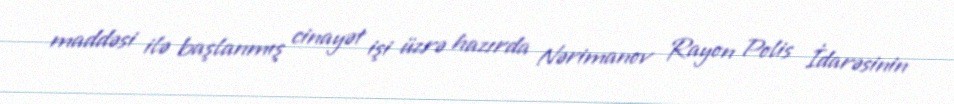
maddəsi ilə başlanmış cinayət işi üzrə hazırda Nərimanov Rayon Polis İdarəsinin